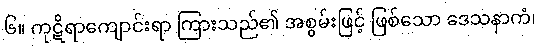
၆။ ကုဋိရာကျောင်းရာ ကြားသည်၏ အစွမ်းဖြင့် ဖြစ်သော ဒေသနာကံ၊